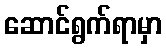
ဆောင်ရွက်ရာမှာ